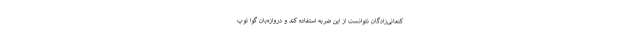
کنعانی‌زادگان نتوانست از این ضربه استفاده کند و دروازه‌بان گوا توپ